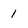
Character: 1